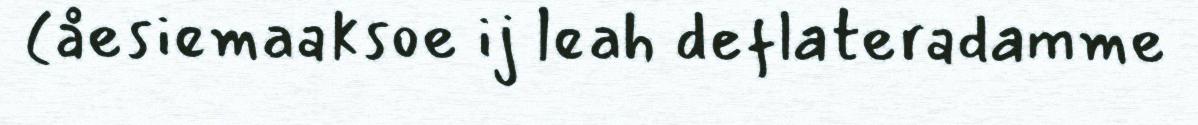
(åesiemaaksoe ij leah deflateradamme